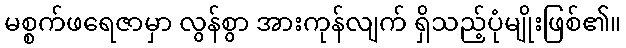
မစ္စက်ဖရေဇာမှာ လွန်စွာ အားကုန်လျက် ရှိသည့်ပုံမျိုးဖြစ်၏။